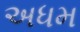
અધમ